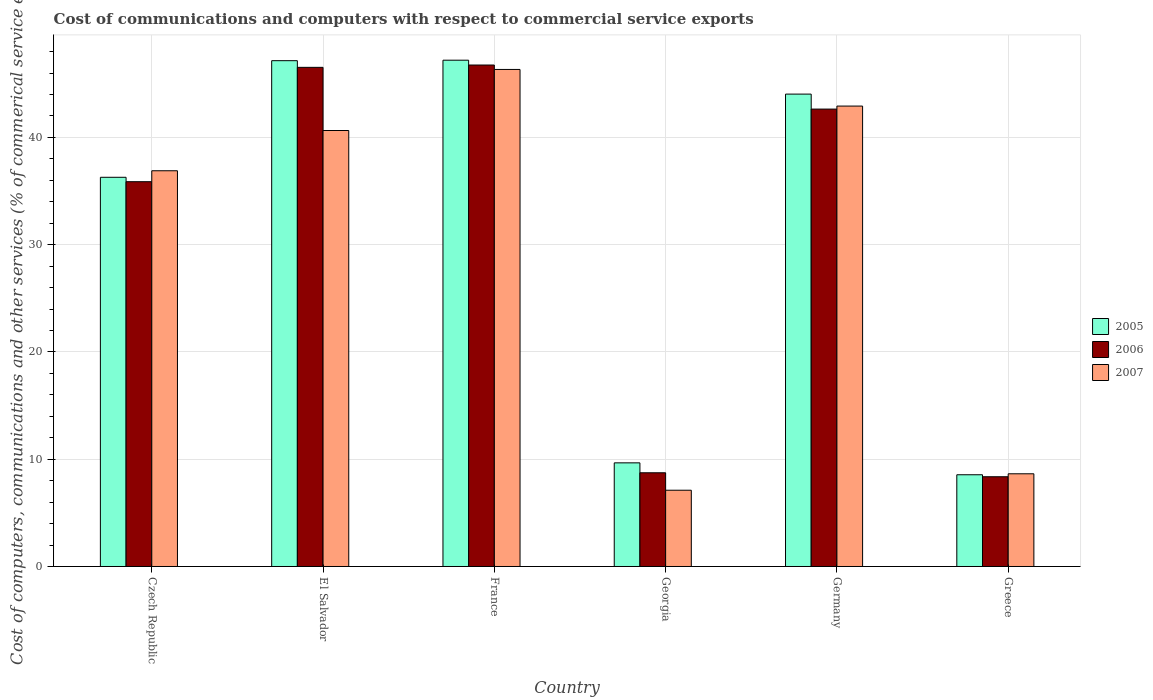
| Country | 2005 | 2006 | 2007 |
 | --- | --- | --- | --- |
 | Czech Republic | 36.3 | 35.9 | 36.9 |
 | El Salvador | 47.1 | 46.5 | 40.6 |
 | France | 47.2 | 46.7 | 46.3 |
 | Georgia | 9.66 | 8.74 | 7.11 |
 | Germany | 44 | 42.6 | 42.9 |
 | Greece | 8.55 | 8.36 | 8.64 |